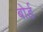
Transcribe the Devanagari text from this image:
बोर्ड